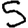
Digit: 5